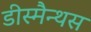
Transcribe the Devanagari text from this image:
डीस्मैन्थस